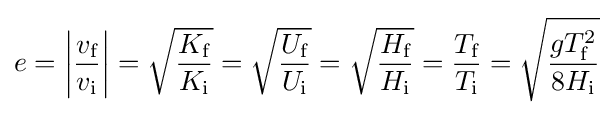
e=\left|{\frac {v_{\text{f}}}{v_{\text{i}}}}\right|={\sqrt {\frac {K_{\text{f}}}{K_{\text{i}}}}}={\sqrt {\frac {U_{\text{f}}}{U_{\text{i}}}}}={\sqrt {\frac {H_{\text{f}}}{H_{\text{i}}}}}={\frac {T_{\text{f}}}{T_{\text{i}}}}={\sqrt {\frac {gT_{\text{f}}^{2}}{8H_{\text{i}}}}}